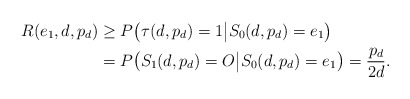
\begin{align*}R(e_1,d,p_d)&\geq P\big(\tau(d,p_d)=1\big|S_0(d,p_d)=e_1\big)\\&=P\big(S_1(d,p_d)=O\big|S_0(d,p_d)=e_1\big)=\frac{p_d}{2d}.\end{align*}